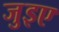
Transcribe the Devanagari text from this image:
जुइए